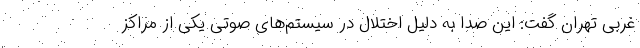
غربی تهران گفت: این صدا به دلیل اختلال در سیستم‌های صوتی یکی از مراکز